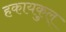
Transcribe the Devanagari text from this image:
हकायकुल्